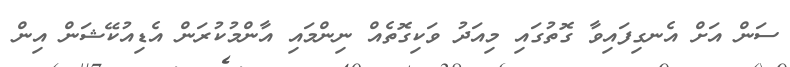
ސަން އަށް އެނގިފައިވާ ގޮތުގައި މިއަދު ވަކިގޮތެއް ނިންމައި އާންމުކުރަން އެޑިއުކޭޝަން އިން